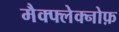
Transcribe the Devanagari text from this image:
मैक्फ्लेक्नोफ़